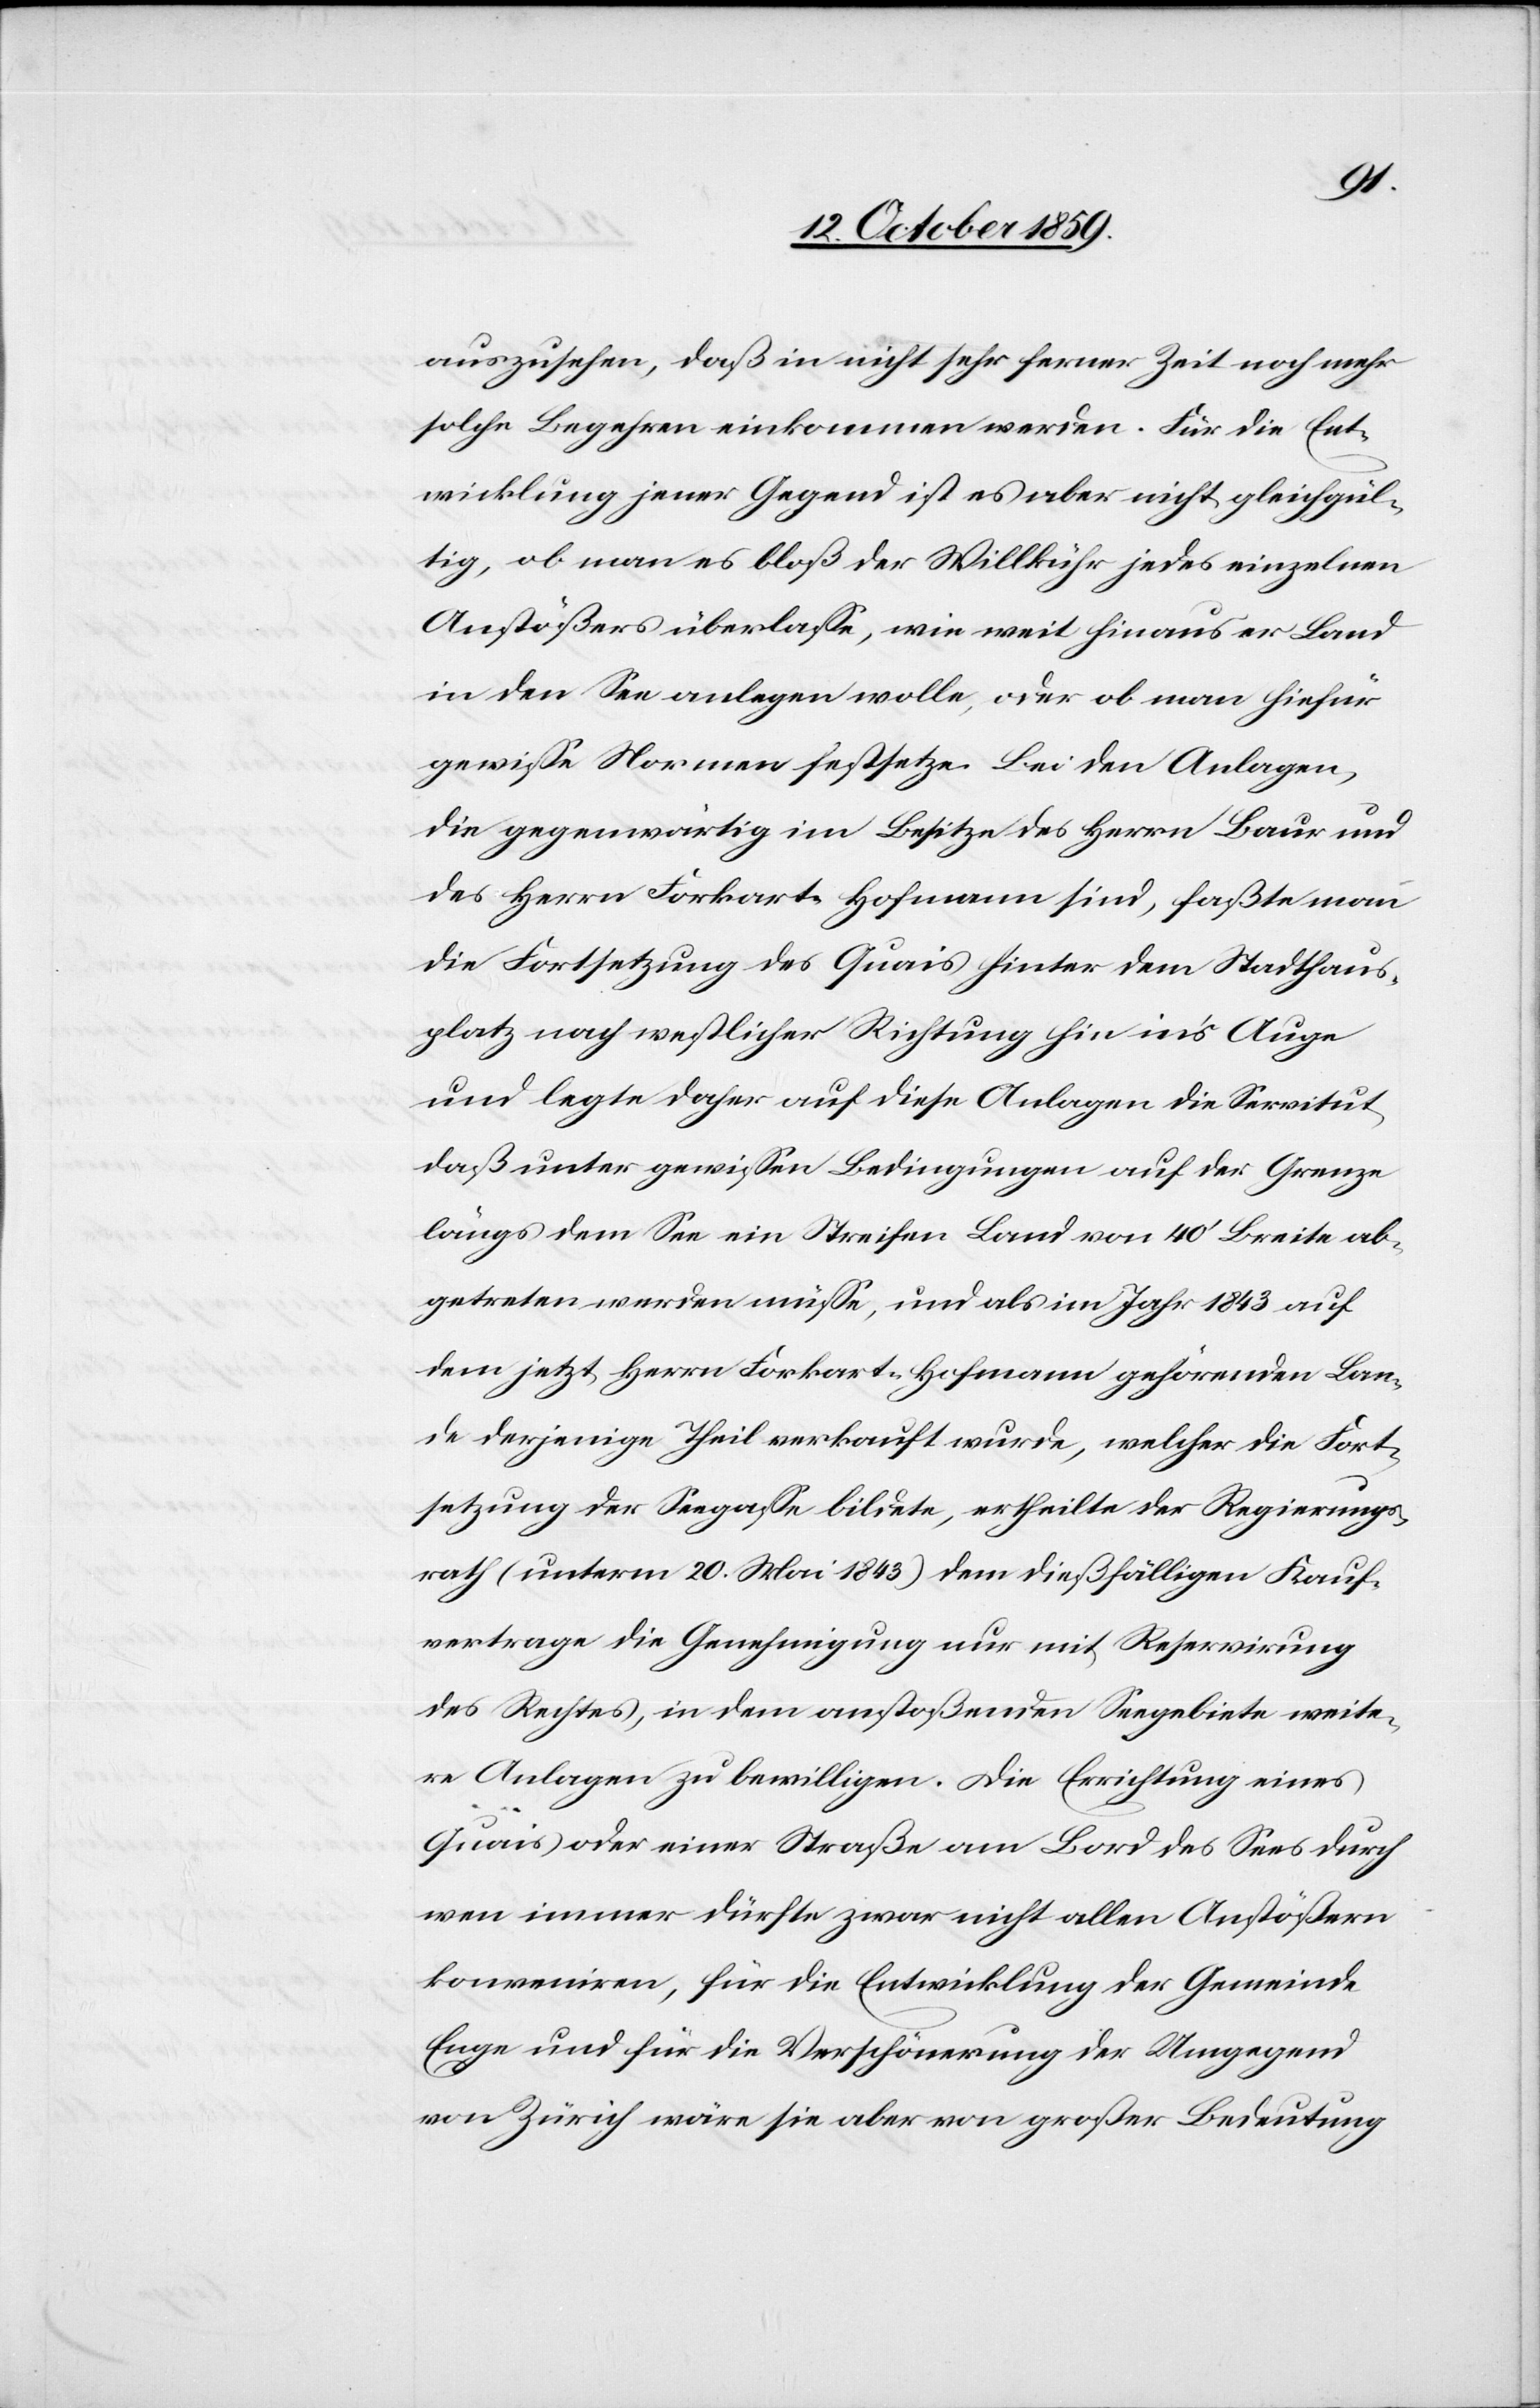
auszusehen, daß in nicht sehr ferner Zeit noch mehr
solche Begehren einkommen werden. Für die Ent¬
wicklung jener Gegend ist es aber nicht gleichgül¬
tig, ob man es bloß der Willkür jedes einzelnen
Anstößers überlasse, wie weit hinaus er Land
in den See anlegen wolle, oder ob man hiefür
gewisse Normen festsetze. Bei den Anlagen,
die gegenwärtig im Besitze des Herrn Baur und
des Herrn Forkart-Hofmann sind, faßte man
die Fortsetzung des Quais hinter dem Stadthaus¬
platz nach westlicher Richtung hin in's Auge
und legte daher auf diese Anlagen die Servitut,
daß unter gewissen Bedingungen auf der Grenze
längs dem See ein Steifen Land von 40' Breite ab¬
getreten werden müsse, und als im Jahr 1843 auf
dem jetzt Herrn Forkart-Hofmann gehörenden Lan¬
de derjenige Theil verkauft wurde, welcher die Fort¬
setzung der Seegasse bildete, ertheilte der Regierungs¬
rath (unterm 20. Mai 1843) dem dießfälligen Kauf¬
vertrage die Genehmigung nur mit Reservierung
des Rechtes, in dem anstoßenden Seegebiete weite¬
re Anlagen zu bewilligen. Die Errichtung eines
Quais oder einer Straße am Bord des Sees durch
wen immer dürfte zwar nicht allen Anstößern
konveniren, für die Entwicklung der Gemeinde
Enge und für die Verschönerung der Umgegend
von Zürich wäre sie aber von großer Bedeutung